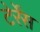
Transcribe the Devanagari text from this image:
टेर्रेंस